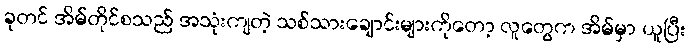
ခုတင် အိမ်တိုင်စသည် အသုံးကျတဲ့ သစ်သားချောင်းများကိုတော့ လူတွေက အိမ်မှာ ယူပြီး